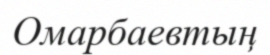
Омарбаевтың